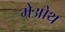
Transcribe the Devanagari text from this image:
मेओथ